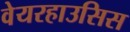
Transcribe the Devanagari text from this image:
वेयरहाउसिस